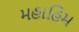
મહાહિમ